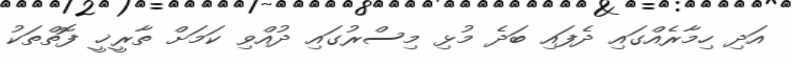
އަދި ހިމާރެއްގައި ދެފައި ބަދެ މުޅި މިސްރުގައި ދުއްވި ކަމަށް ތާރީޚީ ފޮތްތަކު